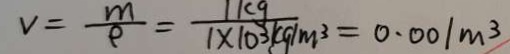
V = \frac { m } { \rho } = \frac { 1 k g } { 1 \times 1 0 ^ { 3 } k g / m ^ { 3 } } = 0 . 0 0 1 m ^ { 3 }